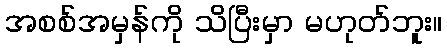
အစစ်အမှန်ကို သိပြီးမှာ မဟုတ်ဘူး။